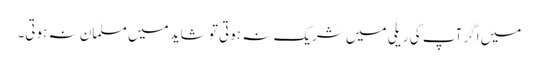
میں اگر آپ کی ریلی میں شریک نہ ہوتی تو شاید میں مسلمان نہ ہوتی۔